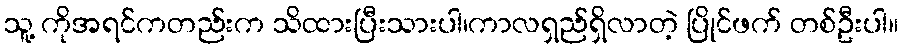
သူ့ ကိုအရင်ကတည်းက သိထားပြီးသားပါ၊ကာလရှည်ရှိလာတဲ့ ပြိုင်ဖက် တစ်ဦးပါ။